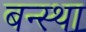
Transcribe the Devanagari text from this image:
बन्स्था